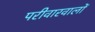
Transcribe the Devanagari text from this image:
परीवारवालों